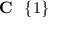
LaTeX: \mathbf { C } \setminus \{ 1 \}